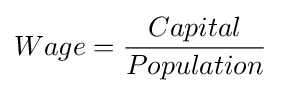
Wage={\frac {Capital}{Population}}